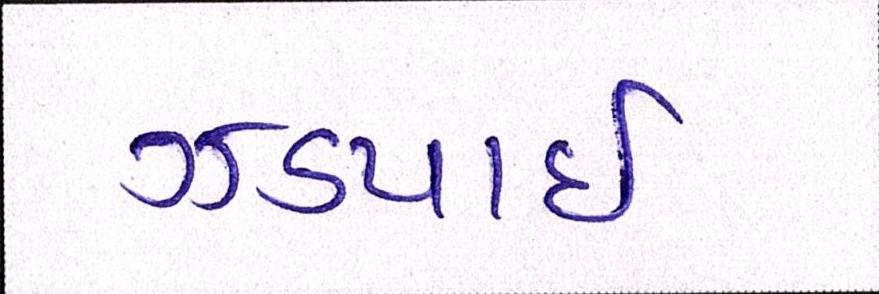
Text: ઝડપાઈ